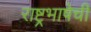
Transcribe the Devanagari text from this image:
राष्ट्रभाषेची